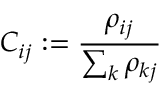
C _ { i j } : = \frac { \rho _ { i j } } { \sum _ { k } \rho _ { k j } }